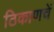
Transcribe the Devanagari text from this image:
ठिकाणचें